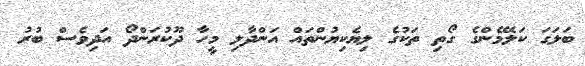
ބަލަގަ ކަލޭމެންގެ ގޯތި ތަކުގެ ލިޔެކިޔުންތައް އަންދާލި މީހާ ދޫކުރަންދޯ އަދިވެސް ބުރު